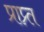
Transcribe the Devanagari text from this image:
प्राप्र्त